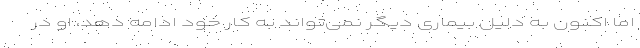
اما اکنون به دلیل بیماری دیگر نمی‌تواند به کار خود ادامه دهد، او در